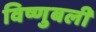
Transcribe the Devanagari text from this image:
विष्णुबली